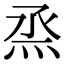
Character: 烝